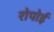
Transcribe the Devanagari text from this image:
रोपोई